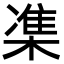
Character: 𪳙